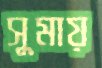
সুমায়